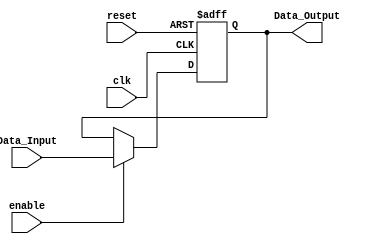
/******************************************************************
* Description
*	This is a Flip Flop Register that can be parameterized in its bit-width.
*	1.0
* Author:
*	Diego Eduardo Reyna Cruz
* Date:
*	14/07/2020
******************************************************************/
module Register_With_Enable
#(
	parameter WORD_LENGTH = 8
)

(
	// Input Ports
	input clk,
	input reset,
	input enable,
	input [WORD_LENGTH-1:0] Data_Input,

	// Output Ports
	output [WORD_LENGTH-1:0] Data_Output
);

reg  [WORD_LENGTH-1:0] Data_reg;

always@(posedge clk or negedge reset) begin
	if(reset == 1'b0) 
		Data_reg <= {WORD_LENGTH{1'b0}};
	else 
		if(enable == 1'b1)
			Data_reg <= Data_Input;
end

assign Data_Output = Data_reg;

endmodule